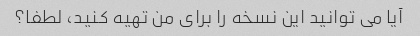
آیا می توانید این نسخه را برای من تهیه کنید، لطفا؟